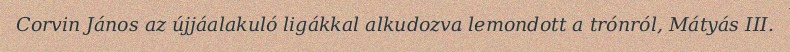
Corvin János az újjáalakuló ligákkal alkudozva lemondott a trónról, Mátyás III.